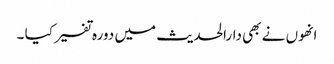
انھوں نے بھی دارالحدیث میں دورہ تفسیر کیا ۔